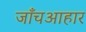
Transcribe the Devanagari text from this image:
जाँचआहार